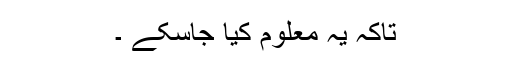
تاکہ یہ معلوم کیا جاسکے ۔